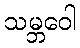
သမ္ဘဝေါ